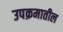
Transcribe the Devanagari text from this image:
उपक्रमातील